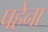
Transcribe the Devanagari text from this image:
पहेना